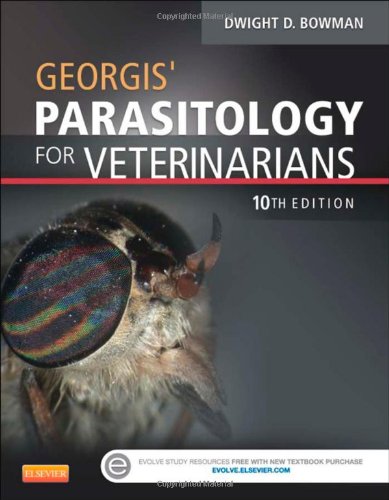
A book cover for Georgis' Parasitology for Veterinarians, 10e; Dwight D. Bowman MS  PhD; Medical Books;